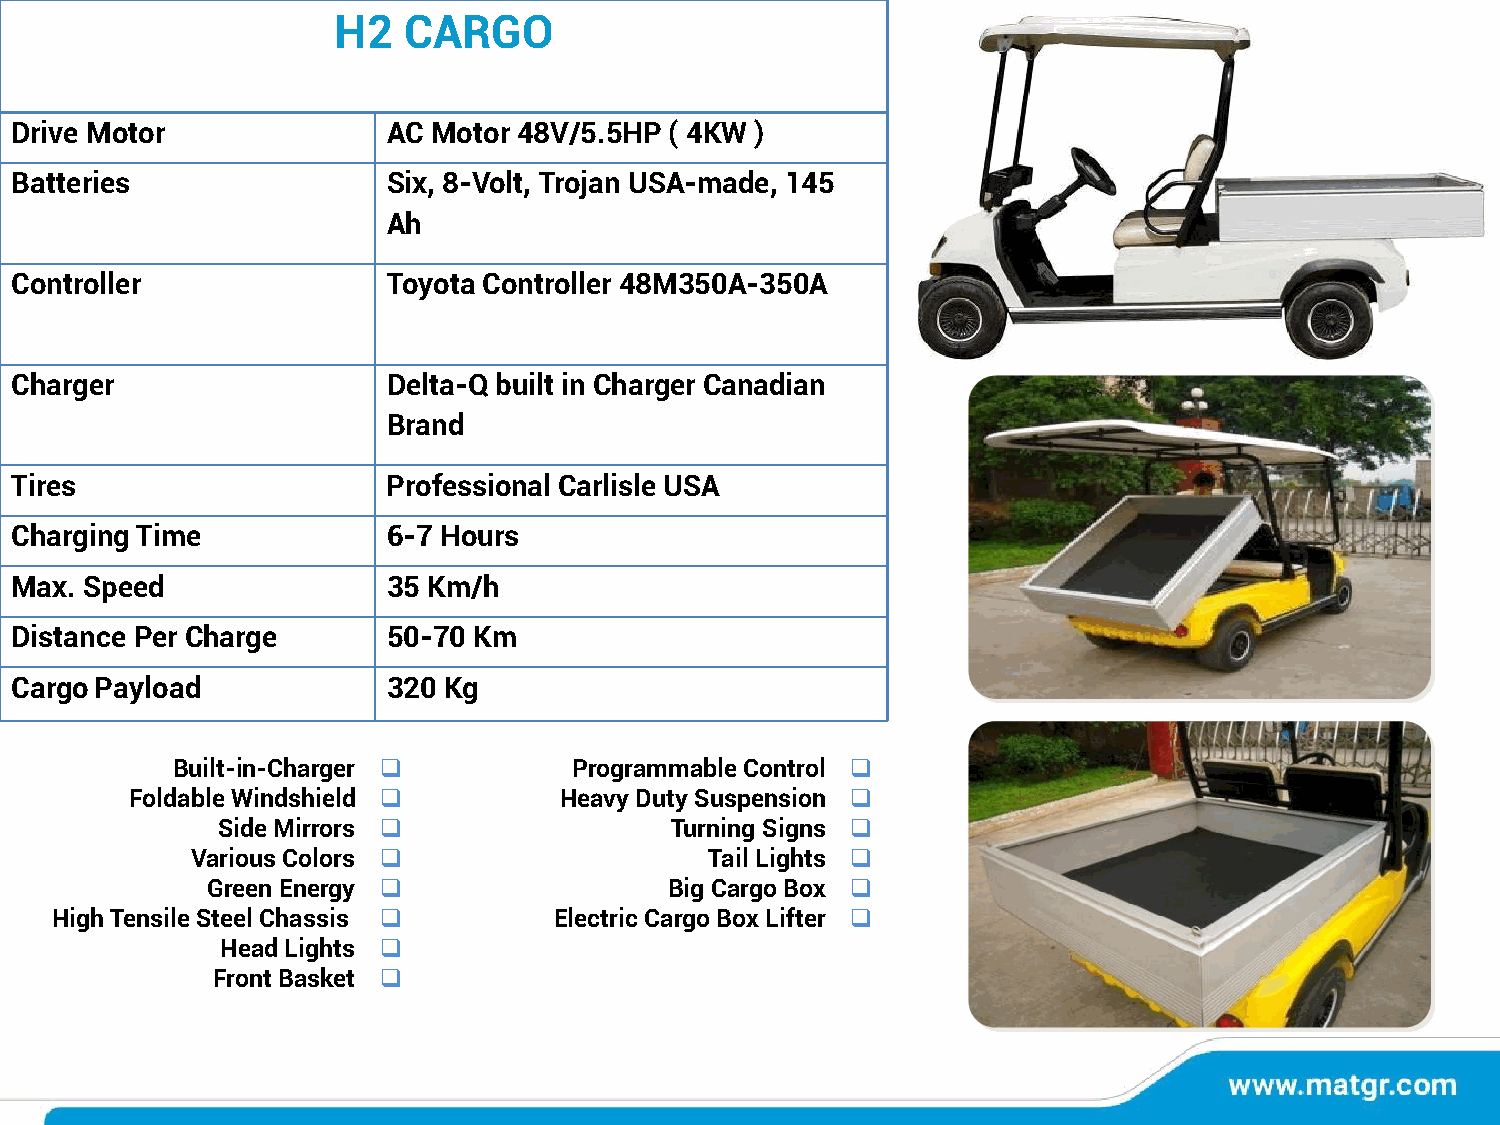
H2   CARGO
 Drive Motor              AC Motor 48V/5.5HP ( 4KW )
 Batteries                Six, 8-Volt, Trojan USA-made, 145
 Ah
 Controller               Toyota Controller 48M350A-350A
 Charger                  Delta-Q built in Charger Canadian
 Brand
 Tires                    Professional Carlisle USA
 Charging Time            6-7 Hours
 Max. Speed               35 Km/h
 Distance Per Charge      50-70 Km
 Cargo Payload            320 Kg
 Built-in-Charger ❑         Programmable Control ❑
 Foldable Windshield ❑       Heavy Duty Suspension ❑
 Side Mirrors ❑                Turning Signs ❑
 Various Colors ❑                  Tail Lights ❑
 Green Energy ❑                Big Cargo Box ❑
 High Tensile Steel Chassis ❑      Electric Cargo Box Lifter ❑
 Head Lights ❑
 Front Basket ❑